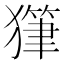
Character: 𤢇